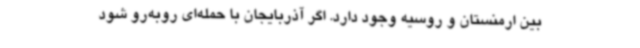
بین ارمنستان و روسیه وجود دارد. اگر آذربایجان با حمله‌ای روبه‌رو شود